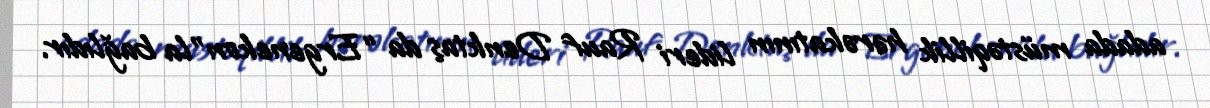
adada müstəqillik hərəkatının lideri Rauf Denktaş da “Ergenekon”la bağlıdır.